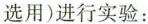
选用)进行实验：